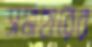
সমাহারের